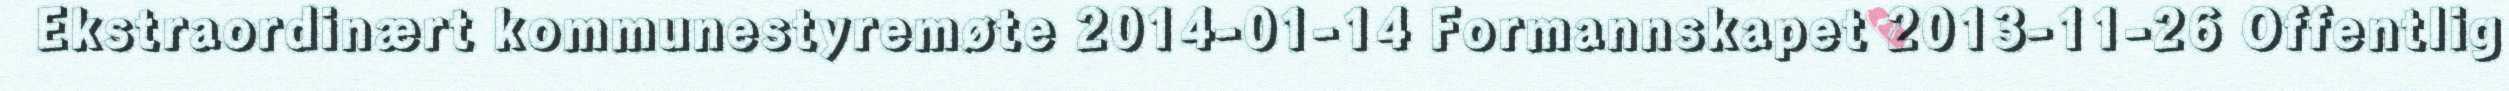
Ekstraordinært kommunestyremøte 2014-01-14 Formannskapet 2013-11-26 Offentlig